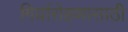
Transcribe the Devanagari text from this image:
गिर्यारोहणासाठी